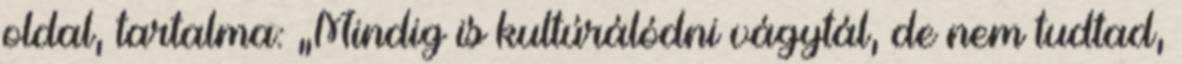
oldal, tartalma: „Mindig is kultúrálódni vágytál, de nem tudtad,